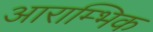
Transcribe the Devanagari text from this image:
आराम्भिक